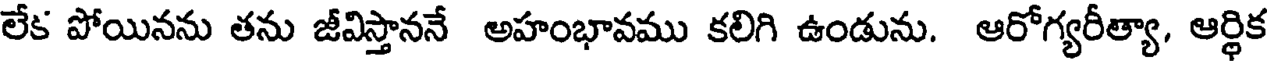
లేక పోయినను తను జీవిస్తాననే అహంభావము కలిగి ఉండును. ఆరోగ్యరీత్యా, ఆర్థిక